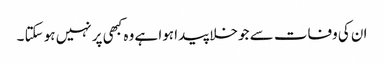
ان کی وفات سے جو خلا پیدا ہوا ہے وہ کبھی پر نہیں ہو سکتا ۔